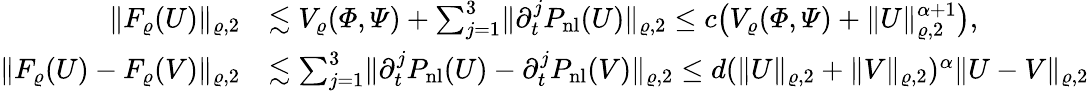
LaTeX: \begin{array}{rl}{\lVert F_{\varrho}(U)\rVert_{\varrho,2}}&{\lesssim V_{\varrho}(\varPhi,\varPsi)+\sum_{j=1}^{3}\lVert\partial_{t}^{j}P_{\mathrm{nl}}(U)\rVert_{\varrho,2}\le c\bigl(V_{\varrho}(\varPhi,\varPsi)+\lVert U\rVert_{\varrho,2}^{\alpha+1}\bigr),}\\ {\lVert F_{\varrho}(U)-F_{\varrho}(V)\rVert_{\varrho,2}}&{\lesssim\sum_{j=1}^{3}\lVert\partial_{t}^{j}P_{\mathrm{nl}}(U)-\partial_{t}^{j}P_{\mathrm{nl}}(V)\rVert_{\varrho,2}\le d(\lVert U\rVert_{\varrho,2}+\lVert V\rVert_{\varrho,2})^{\alpha}\lVert U-V\rVert_{\varrho,2}}\end{array}